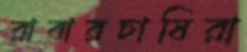
রাবারচাষিরা